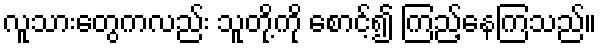
လူသားတွေကလည်း သူတို့ကို စောင့်၍ ကြည့်နေကြသည်။